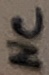
Text: NC